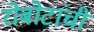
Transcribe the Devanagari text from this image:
रोबोटांची